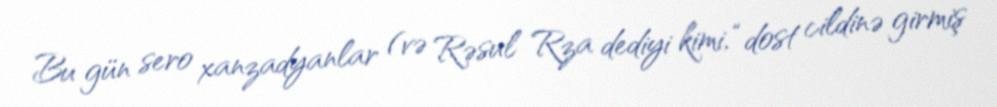
Bu gün sero xanzadyanlar (və Rəsul Rza dediyi kimi, “dost cildinə girmiş